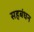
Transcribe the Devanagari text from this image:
सहबंधन